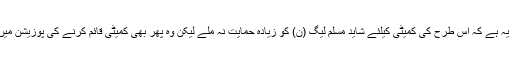
گمان یہ ہے کہ اس طرح کی کمیٹی کیلئے شاید مسلم لیگ (ن) کو زیادہ حمایت نہ ملے لیکن وہ پھر بھی کمیٹی قائم کرنے کی پوزیشن میں ہے۔